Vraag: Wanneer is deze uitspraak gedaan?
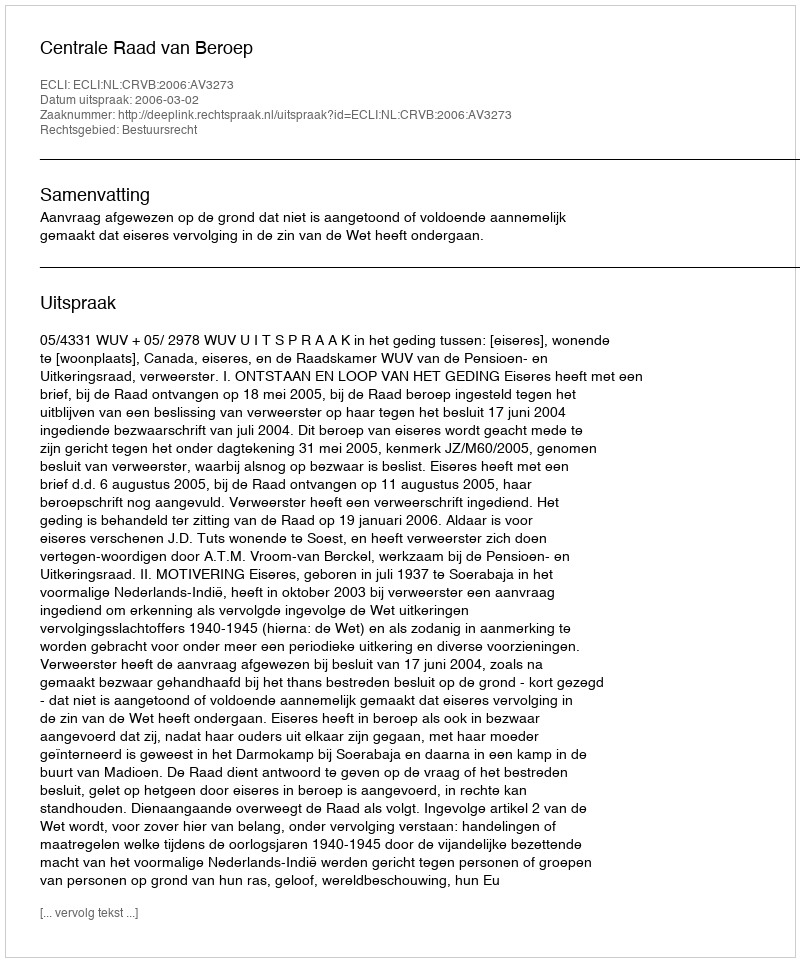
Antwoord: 2006-03-02